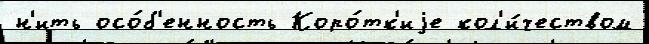
н'ить осо́б'енность Коро́тк'иjе кол'и́чеством